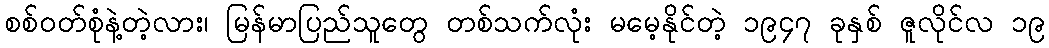
စစ်ဝတ်စုံနဲ့တဲ့လား၊ မြန်မာပြည်သူတွေ တစ်သက်လုံး မမေ့နိုင်တဲ့ ၁၉၄၇ ခုနှစ် ဇူလိုင်လ ၁၉